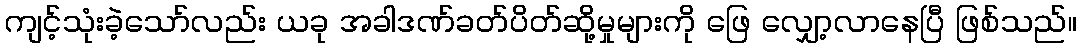
ကျင့်သုံးခဲ့သော်လည်း ယခု အခါဒဏ်ခတ်ပိတ်ဆို့မှုများကို ဖြေ လျှော့လာနေပြီ ဖြစ်သည်။